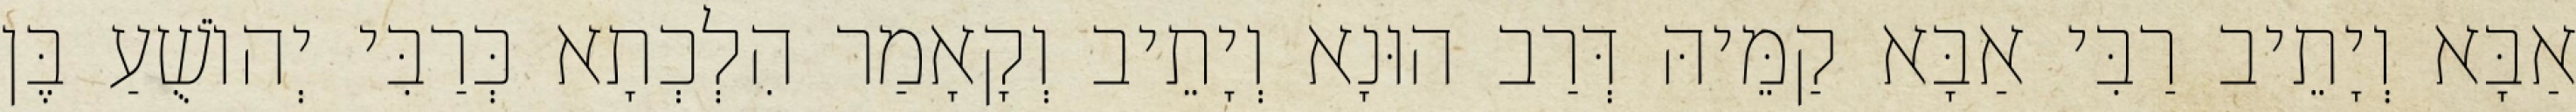
אַבָּא וְיָתֵיב רַבִּי אַבָּא קַמֵּיהּ דְּרַב הוּנָא וְיָתֵיב וְקָאָמַר הִלְכְתָא כְּרַבִּי יְהוֹשֻׁעַ בֶּן